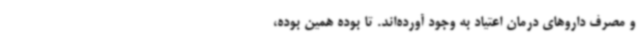
و مصرف داروهای درمان اعتیاد به وجود آورده‌اند. تا بوده همین بوده،